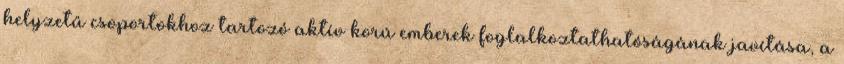
helyzetű csoportokhoz tartozó aktív korú emberek foglalkoztathatóságának javítása, a